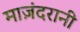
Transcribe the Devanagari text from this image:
माज़ंदरानी